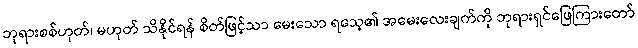
ဘုရားစစ်ဟုတ်၊ မဟုတ် သိနိုင်ရန် စိတ်ဖြင့်သာ မေးသော ရသေ့၏ အမေးလေးချက်ကို ဘုရားရှင်ဖြေကြားတော်